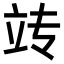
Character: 𫁟